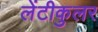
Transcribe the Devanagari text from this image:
लेंटीकुलर